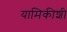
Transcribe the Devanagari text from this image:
यामिकीशी